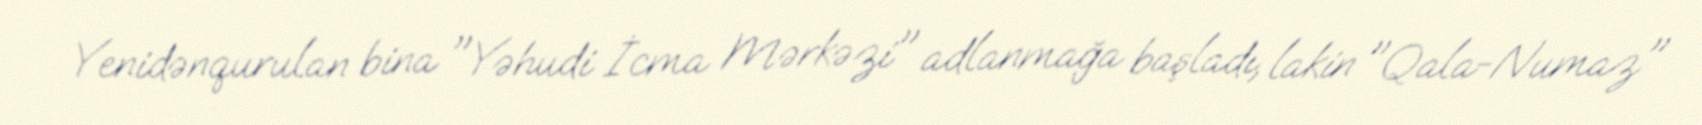
Yenidənqurulan bina "Yəhudi İcma Mərkəzi" adlanmağa başladı, lakin "Qala-Numaz"